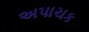
અપાચક